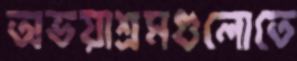
অভয়াশ্রমগুলোতে